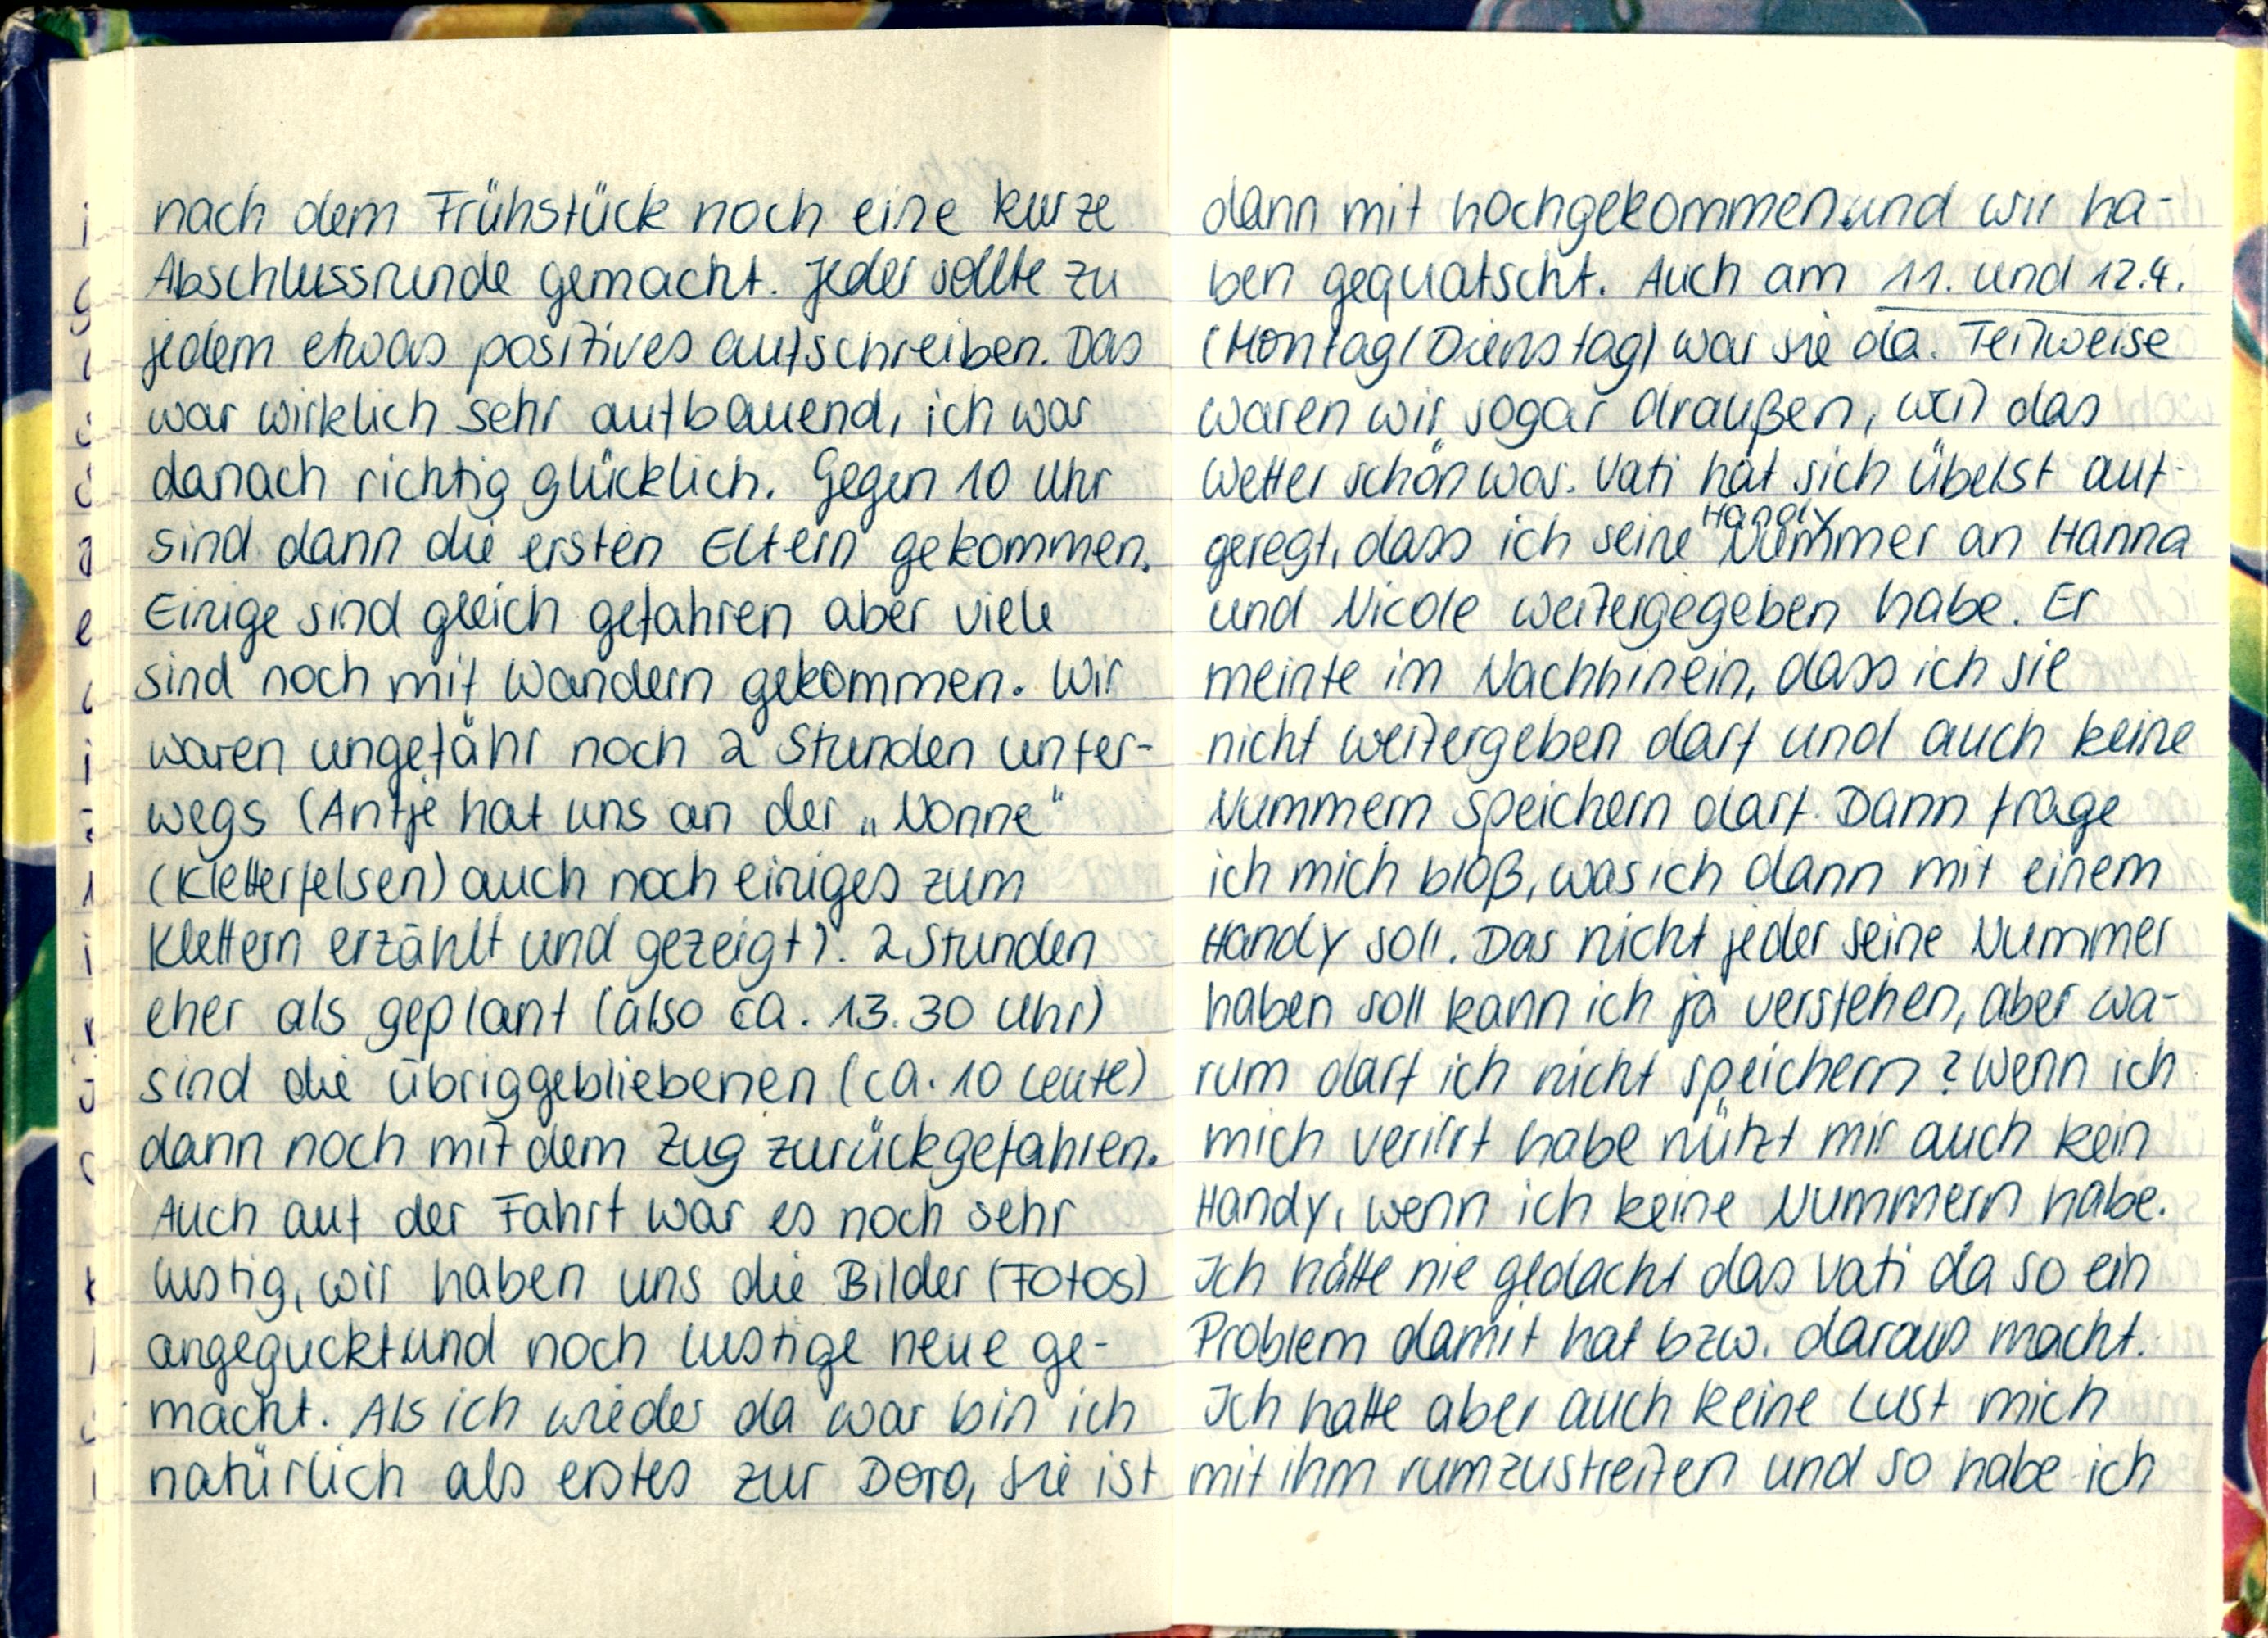
nach dem Frühstück noch eine kurze
Abschlussrunde gemacht. Jeder sollte zu
jedem etwas positives aufschreiben. Das
war wirklich sehr aufbauend, ich war
danach richtig glücklich. Gegen 10 Uhr
sind dann die ersten Eltern gekommen,
Einige sind gleich gefahren aber viele
sind noch mit Wandern gekommen. Wir
waren ungefähr noch 2 Stunden unter-
wegs (Antje hat uns an der „Nonne
(Kletterfelsen) auch noch einiges zum
Klettern erzählt und gezeigt). 2 Stunden
eher als geplant (also ca. 13.30 Uhr)
sind die übriggebliebenen (ca. 10 Leute)
dann noch mit dem Zug zurückgefahren.
Auch auf der Fahrt war es noch sehr
lustig, wir haben uns die Bilder (Fotos)
angeguckt und noch lustige neue ge-
macht. Als ich wieder da war bin ich
natürlich als erstes zur Doro, sie ist

dann mit hochgekommen und wir ha-
ben gequatscht. Auch am 11. Und 12.4.
(Montag/ Dienstag) war sie da. Teilweise
waren wir sogar draußen, weil das
Wetter schön war. Vati hat sich übelst auf-
geregt, dass ich seine Handynummer an Hanna
und Nicole Weitergegeben habe. Er-
meinte im Nachhinein, dass ich sie
nicht weitergeben darf und auch keine
Nummern speichern darf. Dann frage
ich mich bloß, was ich dann mit einem
Handy soll. Das nicht jeder seine Nummer
haben soll kann ich ja verstehen, aber wa-
rum darf ich nicht speichern? Wenn ich
mich verirrt habe nützt mir auch kein
Handy, wenn ich keine Nummern habe.
Ich hätte nie gedacht das Vati da so ein
Problem damit hat bzw. daraus macht.
Ich hatte aber auch keine Lust mich
mit ihm rumzustreiten und so habe ich